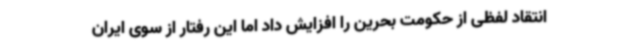
انتقاد لفظی از حکومت بحرین را افزایش داد اما این رفتار از سوی ایران